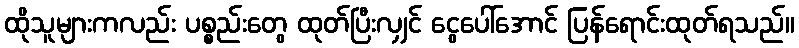
ထိုသူများကလည်း ပစ္စည်းတွေ ထုတ်ပြီးလျှင် ငွေပေါ်အောင် ပြန်ရောင်းထုတ်ရသည်။